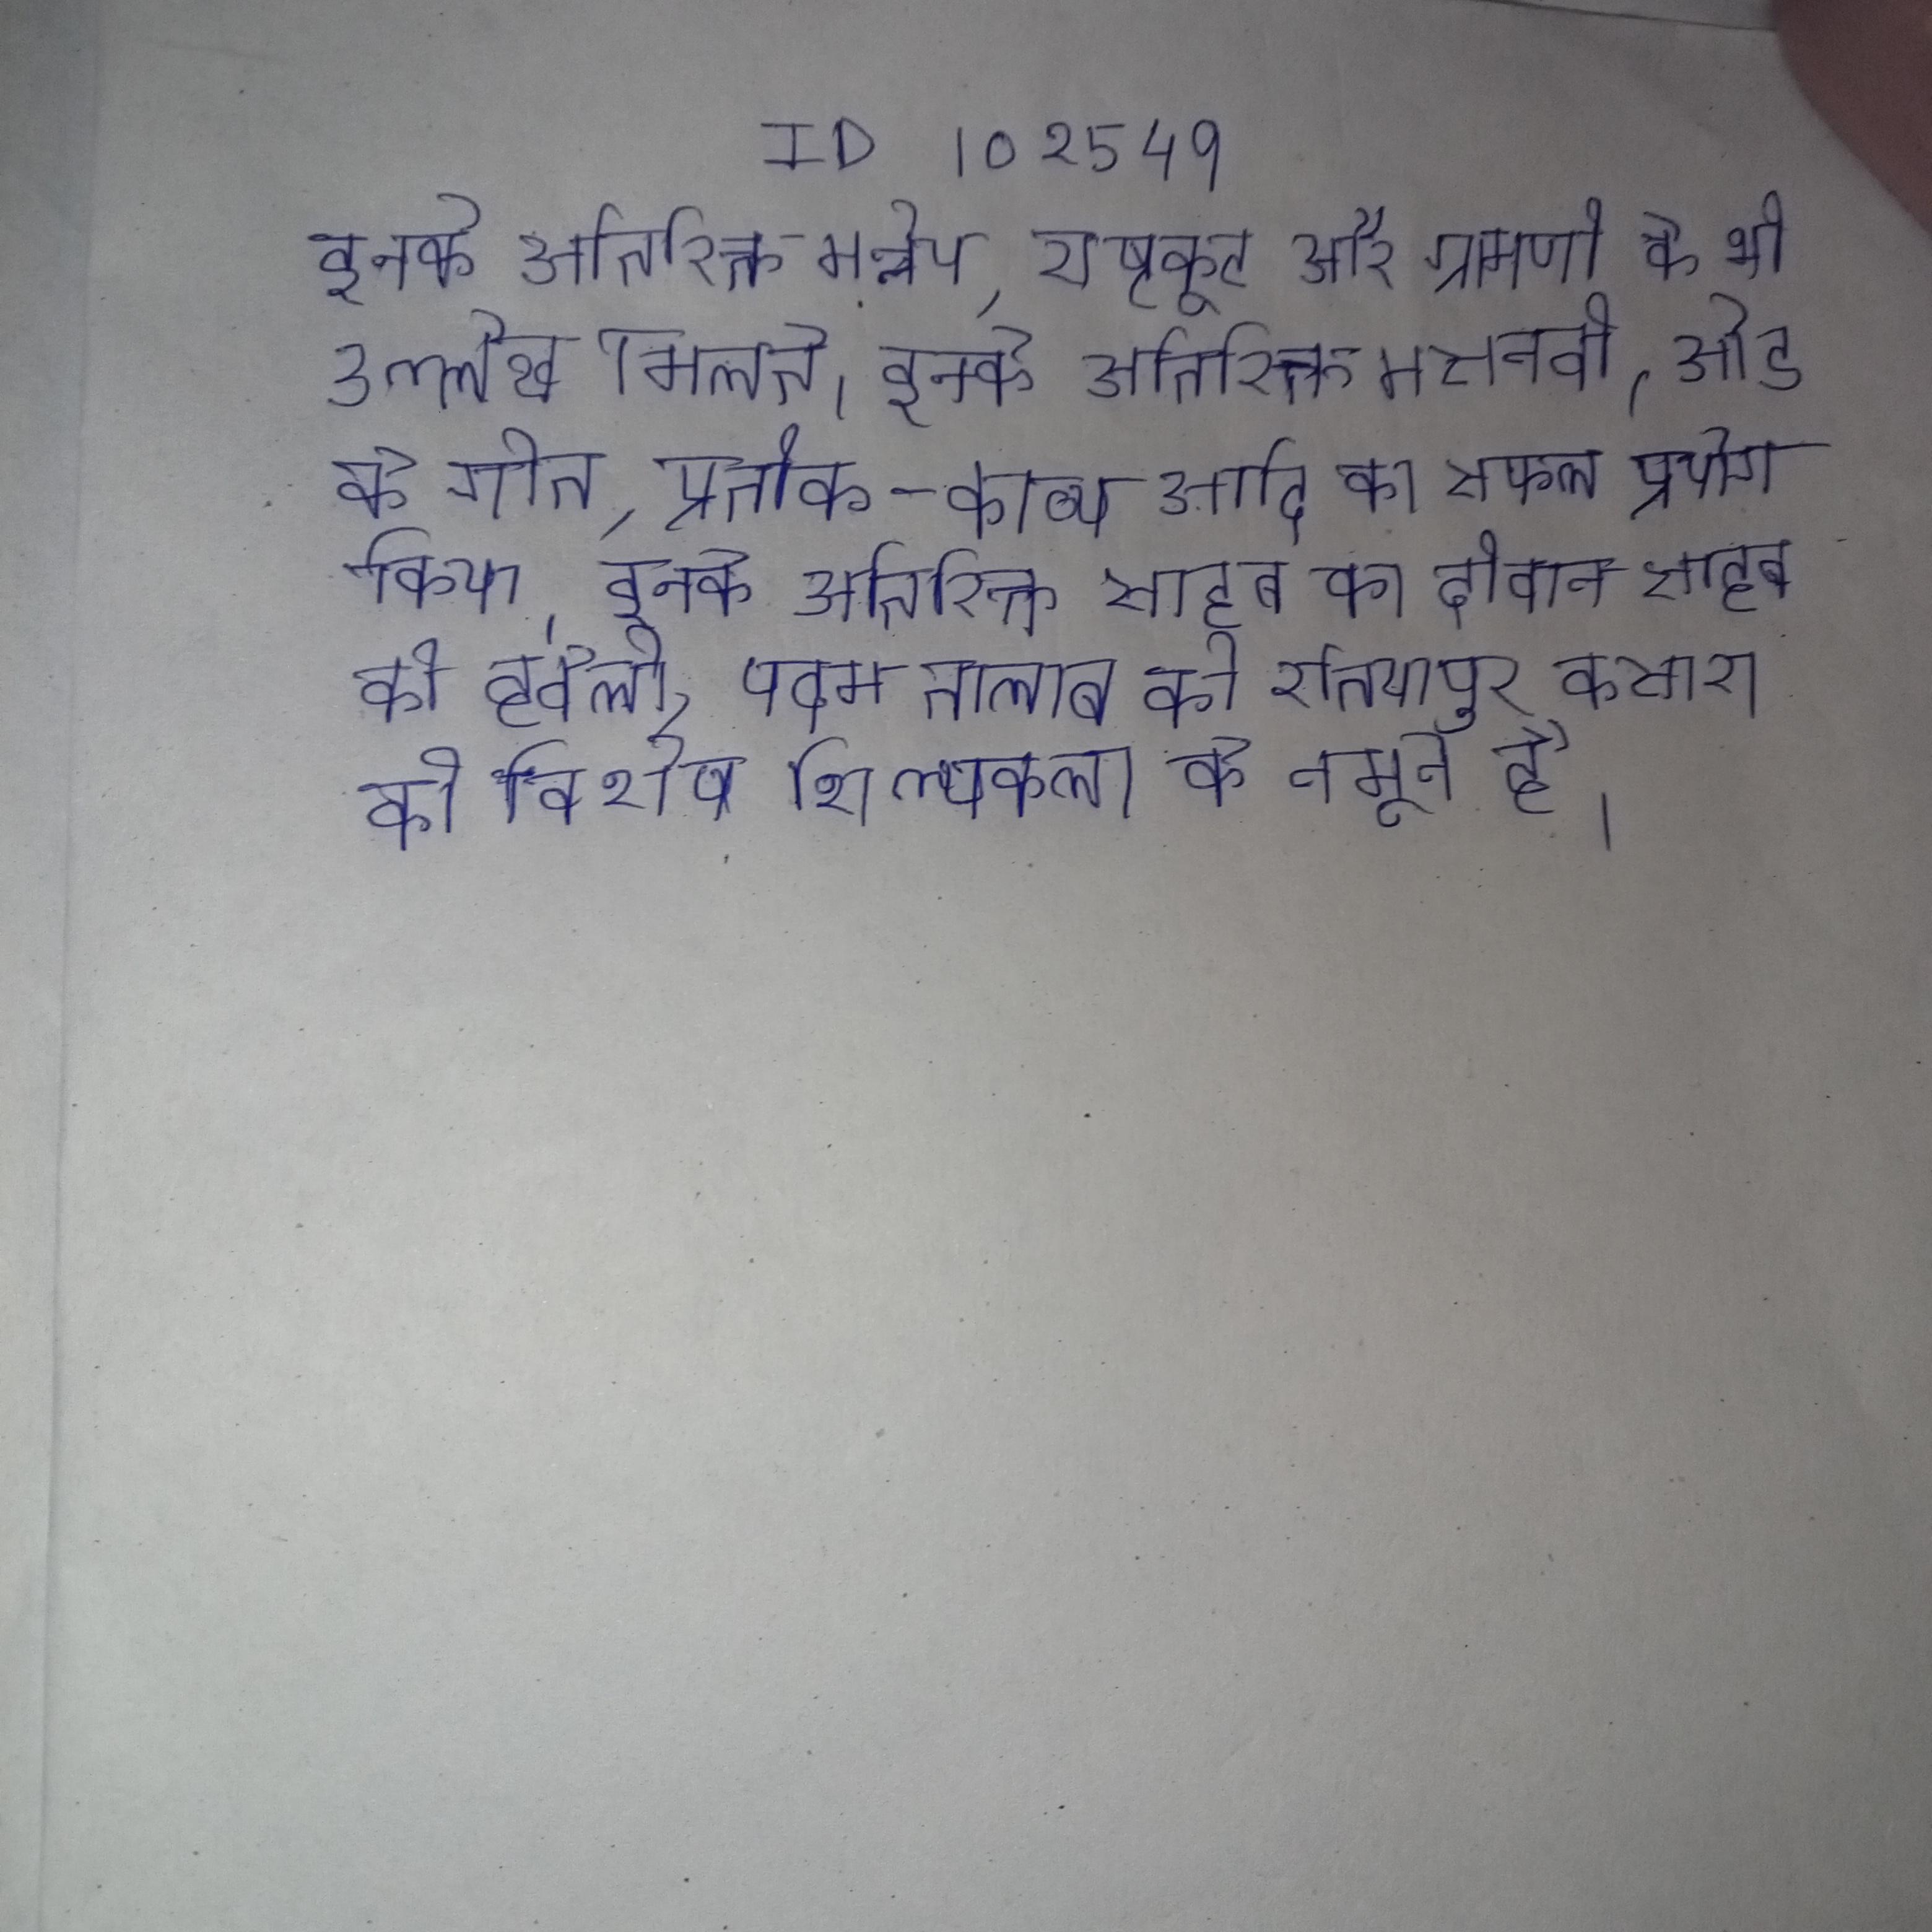
इनके अतिरिक्त मन्नेय, राष्ट्रकूट और ग्रामणी के भी उल्लेख मिलते । इनके अतिरिक्त मसनवी, ओड, के गीत, प्रतीक-काव्य आदि का सफल प्रयोग किया । इनके अतिरिक्त साहब का दीवान साहब की हवेली, पदम तालाब की रतियापुरा कसारा की विशेष शिल्पकला के नमूने है ।